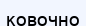
ковочно